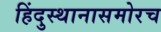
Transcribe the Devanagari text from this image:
हिंदुस्थानासमोरच